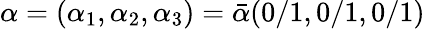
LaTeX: \alpha=(\alpha_{1},\alpha_{2},\alpha_{3})=\bar{\alpha}(0/1,0/1,0/1)